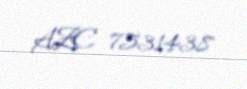
AZE 7531438